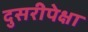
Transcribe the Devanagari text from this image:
दुसरीपेक्षा